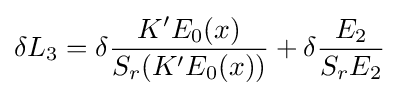
\delta L_{3}=\delta {\frac {K'E_{0}(x)}{S_{r}(K'E_{0}(x))}}+\delta {\frac {E_{2}}{S_{r}E_{2}}}